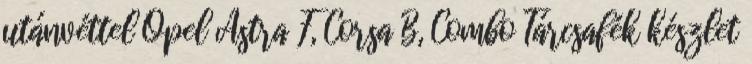
utánvéttel Opel Astra F, Corsa B, Combo Tárcsafék készlet